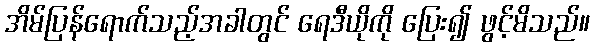
အိမ်ပြန်ရောက်သည့်အခါတွင် ရေဒီယိုကို ပြေး၍ ဖွင့်မိသည်။